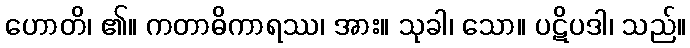
ဟောတိ၊ ၏။ ကတာဓိကာရဿ၊ အား။ သုခါ၊ သော။ ပဋိပဒါ၊ သည်။